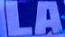
LA